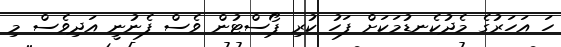
ހަ އަހަރުގެ މެދުކެނޑުމަކަށް ފަހު ކުރި ޕޯސްޓުން ވެސް ފެނުނީ އަދިވެސް މި